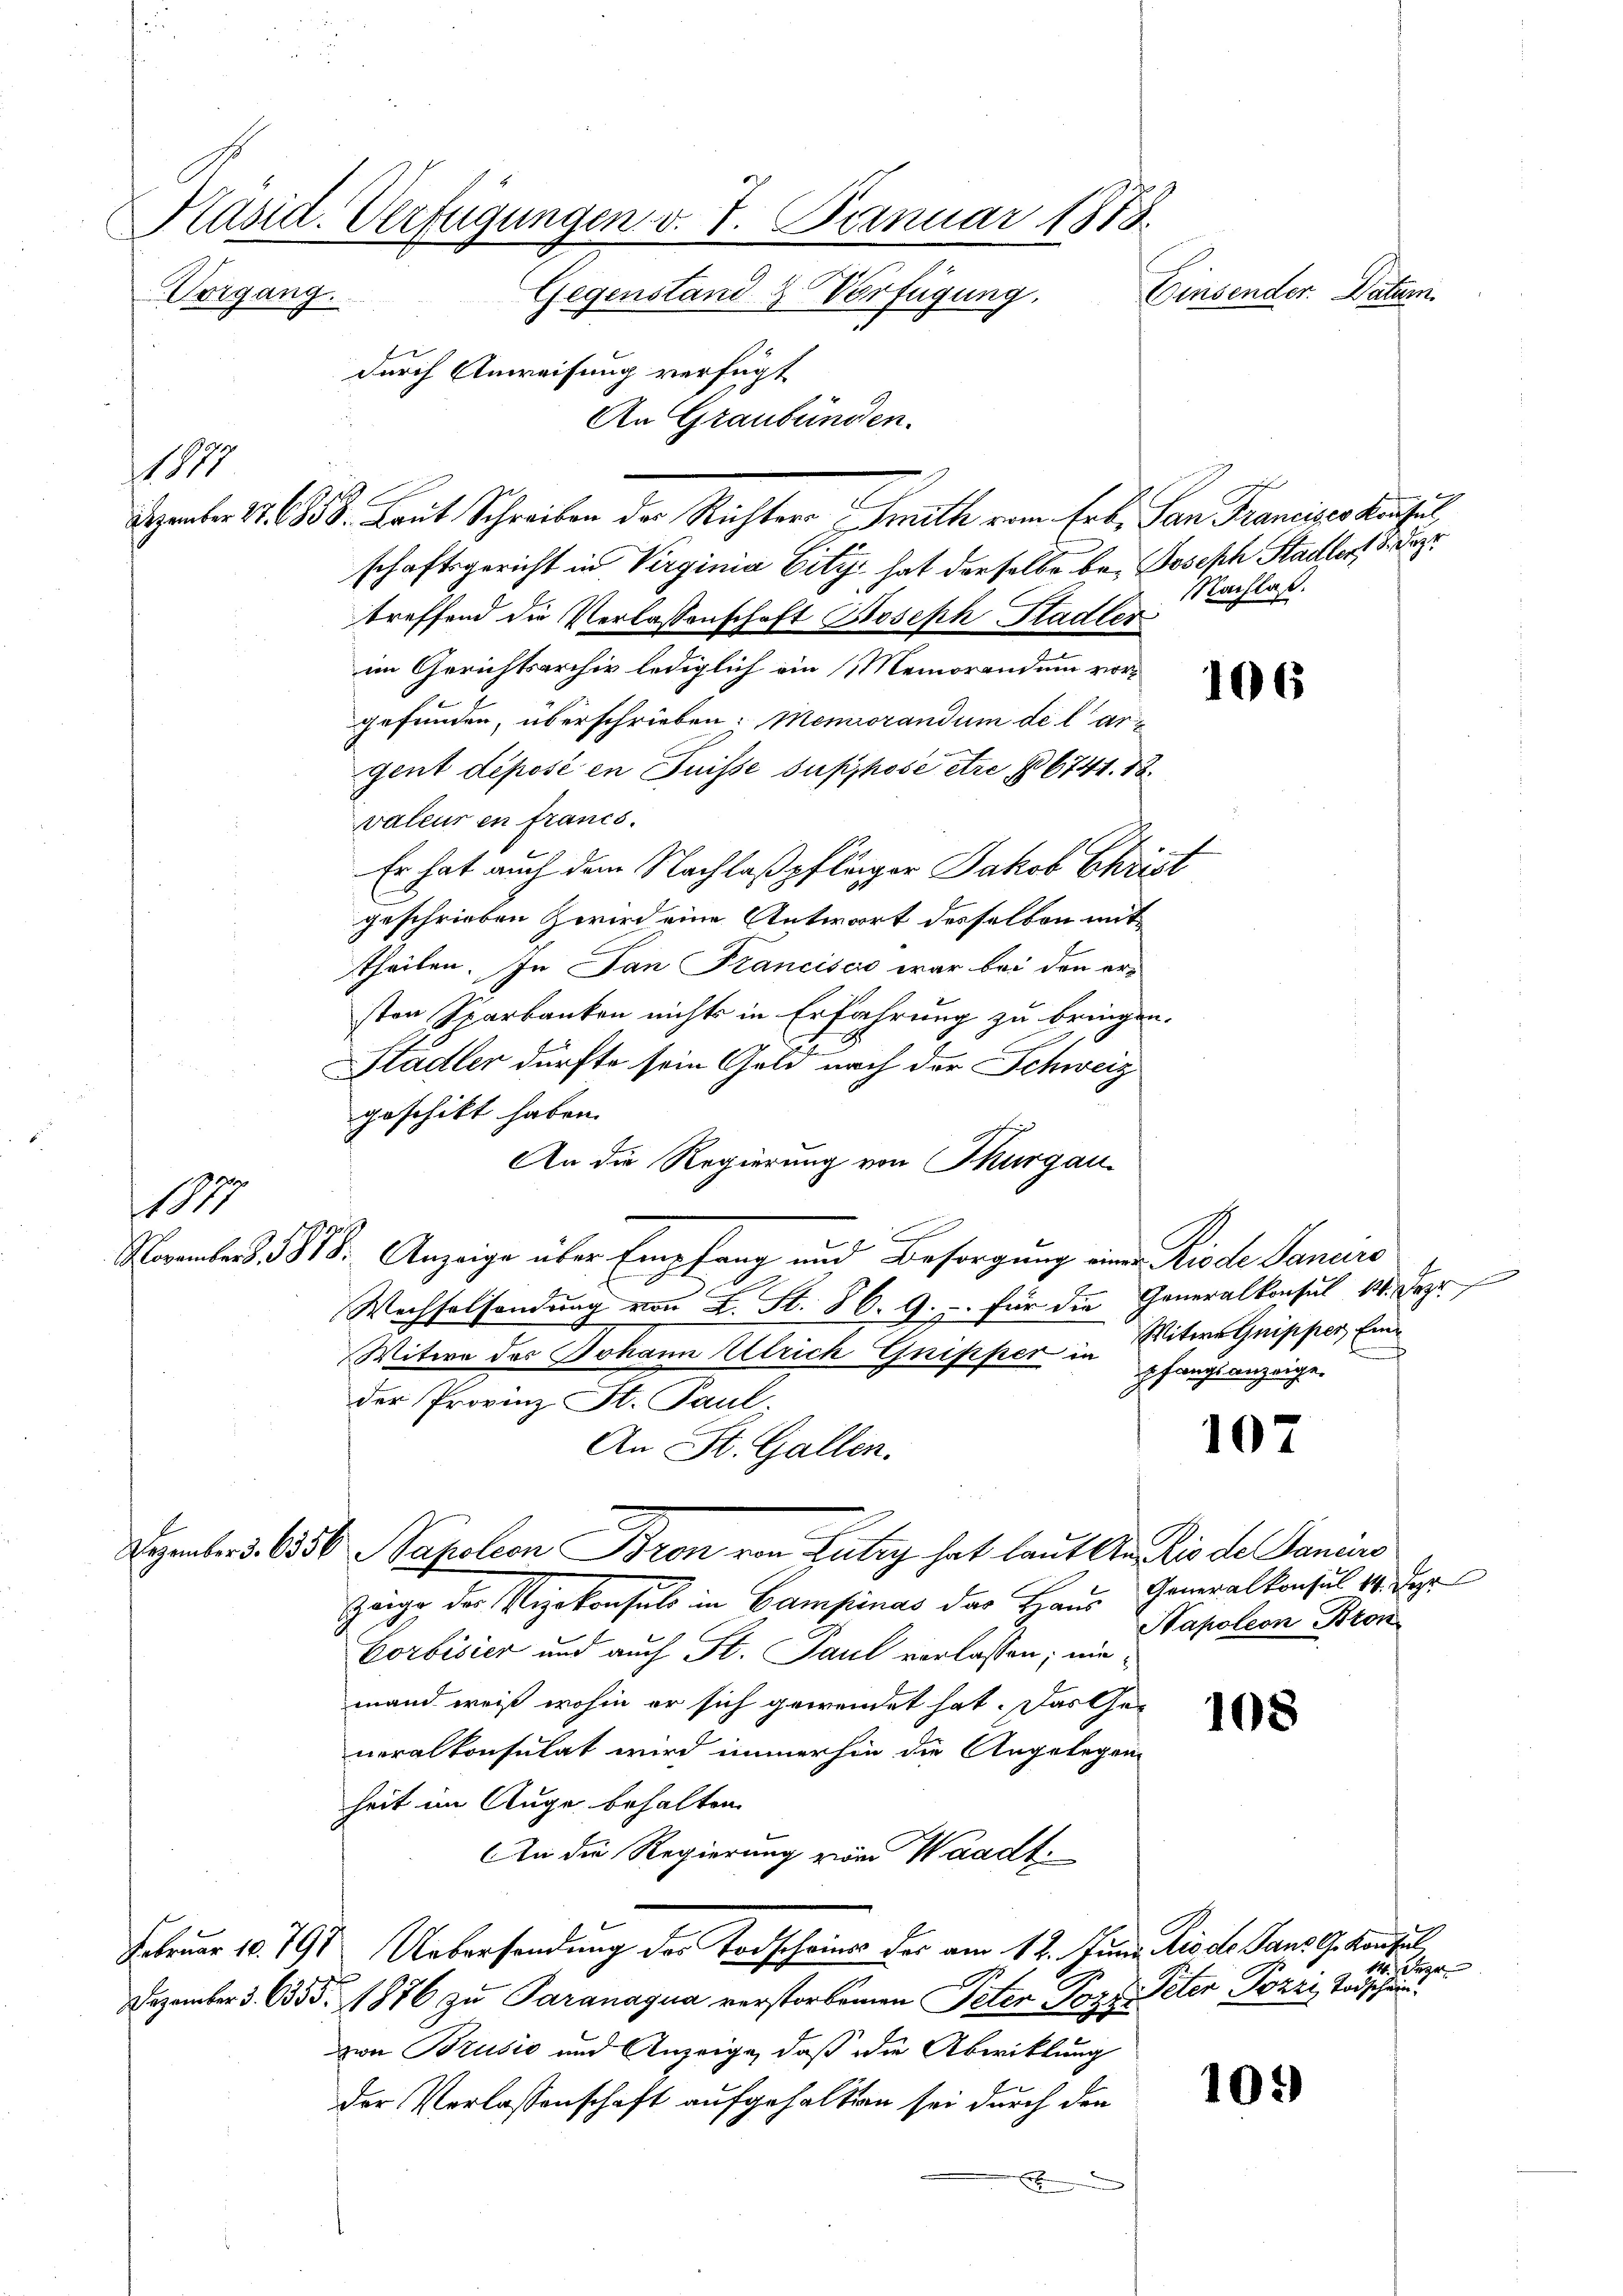
Präsid. Verfügungen v. 7. Januar 1818.
Einsender. Datum.
Vorgang.
Gegenstand & Verfügung.
durch Anweisung verfügt
An Graubünden.

Degenten 11. 658. Laut Schreiben der Richtern Grath vom Erb, Pan Francier konfus
schaftsgericht in Virginia Eity hat derselbe be- Joseph Stadlert 8. Deze
treffend die Verlassenschaft Boseph Stadler
im Gerichtsarchiv lediglich ein Memorandum vorgefunden, überschrieben: Memorandum die argent déposé en Suisse supphose être § 6741. 18.
valeur en francs.
Er hat auch dem Nachlaßpflänger Jakob Christ
geschrieben Zwird eine Antwort desselben mit
theilen. In San Francisco war bei den er-
sten Sparkanten nichts in Erfahrung zu bringen.
Stadler dürfte sein Gold nach der Schweiz
geschikt haben.
An die Regierung von Thurgau
November 1818. Anzeige über Empfang und Besorgung eine Riede Januars
Wechselsendung von L. St. 86. 9. u. für die Generalkonsul 14. Deze
Witwe des Johann Ulrich Gripper in pfangsanzeige
der Provinz St. Paul.
An St. Gallen.
Dezember d. 6556 Sapoleon Bron von Lutry hat laut An die de Janis
Zeige der Vizekonsuls in Campinas der Haus Generalkonsul 18. Der
Corbisier und auch St. Paul verlassen; mi
mand weiß wohin er sich gewendet hat. Das Ge-
neralkonsulat wird immerhin die Angelegen
heit im Auge behalten.
An die Regierung zwar Waadt.
Februar 10. 79 Uebersendung des Todscheins der am 12. Juni Rio de Jans G. Konsul
Dezember 3. 6355. 1876 zŭ Paranagua verstorbenen Peter Pozz, Peter Pozzi Todschauun
zia Brusić und Anzeige, daß die Abwicklung
der Verlassenschaft aufgehalten sei durch den
x

1115

1877

Nachlaß.

106

Witwe Guipper Eine
s

107

Hapoleon Bron

108

14. Der

10.